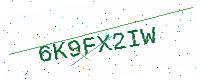
Text: 6K9FX2IW